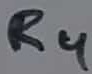
Text: R4